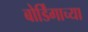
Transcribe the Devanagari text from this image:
बोर्डिंगाच्या